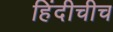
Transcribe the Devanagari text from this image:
हिंदीचीच